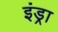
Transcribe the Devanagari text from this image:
इंड्रा